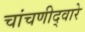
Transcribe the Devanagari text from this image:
चांचणीद्वारे